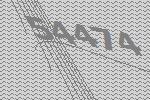
54474